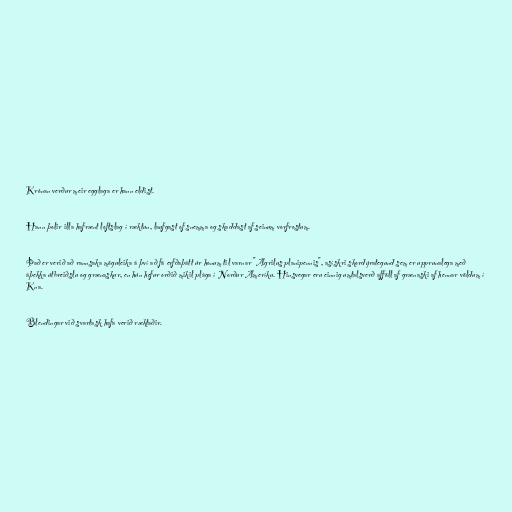
Krónan verður meir egglaga er hann eldist.

Hann þolir illa hafrænt loftslag í ræktun, laufgast of snemma og skaddast af seinum vorfrostum.

Það er verið að rannsaka möguleika á því að fá erfðaþátt úr honum til varnar "Agrilus planipennis", asískri skordýrategund sem er upprunalega með
áþekka útbreiðslu og grænaskur, en hún hefur orðið mikil plága í Norður Ameríku. Hinsvegar eru einnig umtalsverð afföll af grænaski af hennar völdum í
Kna.

Blendingar við svartask hafa verið ræktaðir.